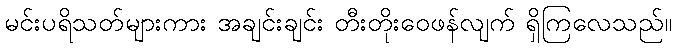
မင်းပရိသတ်များကား အချင်းချင်း တီးတိုးဝေဖန်လျက် ရှိကြလေသည်။